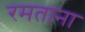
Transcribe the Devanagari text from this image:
रमताना